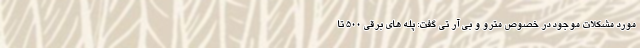
مورد مشکلات موجود در خصوص مترو و بی آر تی گفت: پله های برقی ۵۰۰ تا